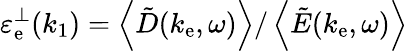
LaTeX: \mathinner{\varepsilon_{\mathrm{e}}^{\perp}\mathopen{\left(k_{1}\right)}}=\left\langle\mathinner{\tilde{{D}}\mathopen{\left(k_{\mathrm{e}},\omega\right)}}\right\rangle/\left\langle\mathinner{\tilde{{E}}\mathopen{\left(k_{\mathrm{e}},\omega\right)}}\right\rangle